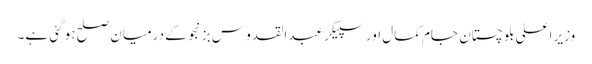
وزیر اعلی بلو چستان جام کمال اور سپیکر عبدالقدو س بزنجو کے درمیان صلح ہو گئی ہے۔